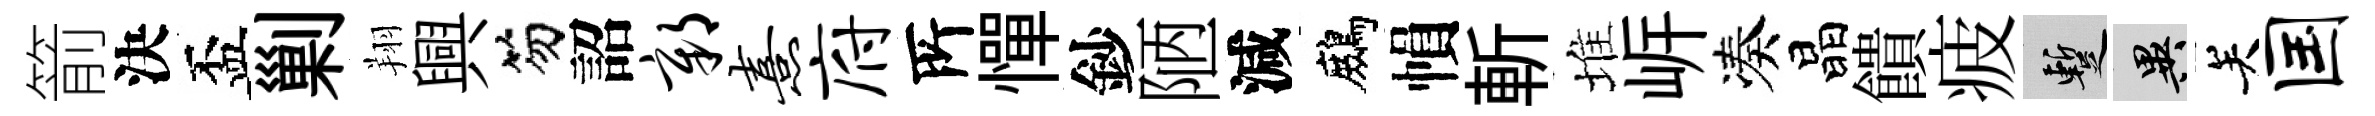
箭決盃剿翔興笏詔鄣熹府𠩄憚鈔陋減鷓𢄙斬堆㟁凑晶饋疲暫异关国